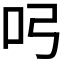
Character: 𭇂